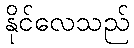
နိုင်လေသည်